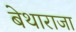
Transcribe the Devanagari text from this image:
बेथाराजा